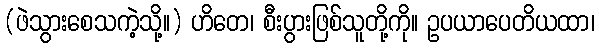
(ဖဲသွားစေသကဲ့သို့။) ဟိတေ၊ စီးပွားဖြစ်သူတို့ကို။ ဥပယာပေတိယထာ၊